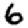
Digit: 6